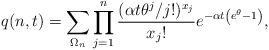
LaTeX: \begin{align*}q(n,t)=\sum_{\Omega_{n}}\prod_{j=1}^{n}\frac{(\alpha t\theta^{j}/j!)^{x_{j}}}{x_{j}!}e^{-\alpha t\left(e^{\theta}-1\right)},\end{align*}